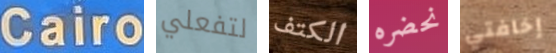
Cairo لتفعلي الكتف نحضره إخافتي